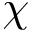
\chi